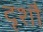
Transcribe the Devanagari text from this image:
दृशौ